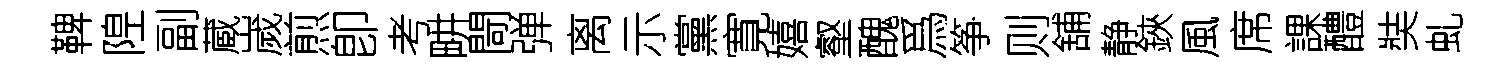
鞞隍副蔵嵗煎卽考畊閜弹离示黨寛嬉壑醜爲筝则舖静鋏風席課醴奘虬